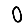
Digit: 0